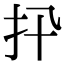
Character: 𢩲